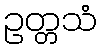
ဥတ္တသံ